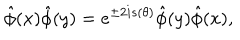
\hat { \phi } ( x ) \hat { \phi } ( y ) = e ^ { \pm 2 i s ( \theta ) } \hat { \phi } ( y ) \hat { \phi } ( x ) ,